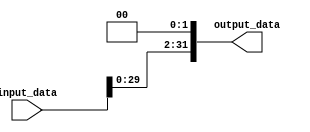
module LeftShiftBy2(
  input [31:0] input_data,
  output [31:0] output_data
);

  assign output_data = input_data << 2;

endmodule